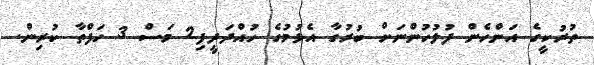
ތުރުކީގެ އަންހެން ފުލުހުންނަށް ބުރުގާ އެޅުމުގެ ހުއްދަދީފި2 މަސް 3 ހަފްތާ ކުރިން.